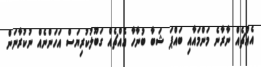
އެއްޗެއް ނާރާނެ މަންމައާއި ބައްޕަ ޝަބާ ބުނާހާ އެއްޗެއް ގަބޫލުކުރިޔަސް އަހަންނެއް ނުކުރާނަން